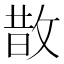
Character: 㪚